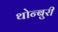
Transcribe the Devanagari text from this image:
थोन्बुरी